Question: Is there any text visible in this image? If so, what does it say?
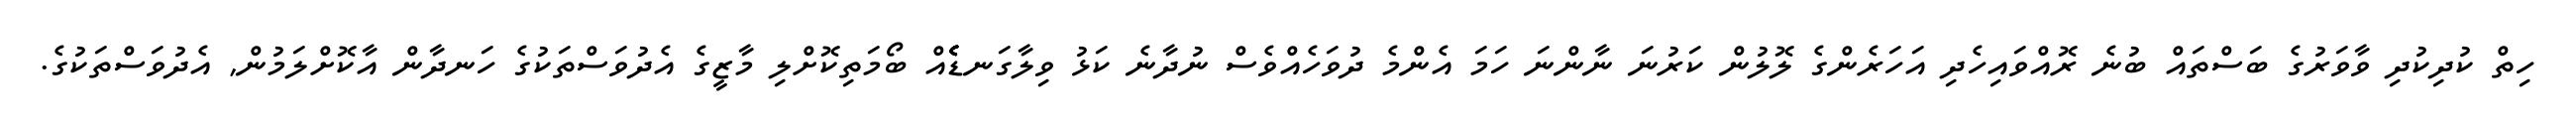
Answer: ހިތް ކުދިކުދި ވާވަރުގެ ބަސްތައް ބުނެ ރޮއްވައިހެދި އަހަރެންގެ ލޮލުން ކަރުނަ ނާންނަ ހަމަ އެންމެ ދުވަހެއްވެސް ނުދާނެ ކަޅު ވިލާގަނޑެެެެއް ބޯމަތިކޮށްލި މާޒީގެ އެދުވަސްތަކުގެ ހަނދާން އާކޮށްލަމުން, އެދުވަސްތަކުގެ.